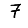
Digit: 7